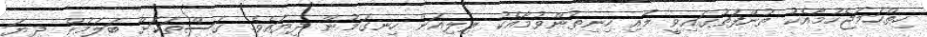
ހިތްހަމަޖެހުމާއެކު ތުންފަތުގައިވީ ލުއި ހިނިތުންވުމާއެކު ލިލިއަން ހިނގަމުން ދިޔައެވެ. ގަސްތަކަށް ބަލަމުން ދިޔަ